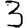
Digit: 3